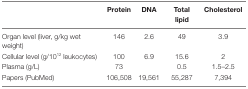
<table><thead><tr><td></td><td><b>Protein</b></td><td><b>DNA</b></td><td><b>Total lipid</b></td><td><b>Cholesterol</b></td></tr></thead><tbody><tr><td>Organ level (liver, g/kg wet weight)</td><td>146</td><td>2.6</td><td>49</td><td>3.9</td></tr><tr><td>Cellular level (g/10<sup>12</sup> leukocytes)</td><td>100</td><td>6.9</td><td>15.6</td><td>2</td></tr><tr><td>Plasma (g/L)</td><td>73</td><td></td><td>0.5</td><td>1.5–2.5</td></tr><tr><td>Papers (PubMed)</td><td>106,508</td><td>19,561</td><td>55,287</td><td>7,394</td></tr></tbody></table>